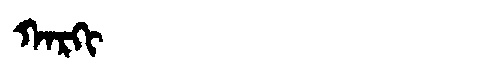
Manchu: ᡴᠠᡵᡴᡳ
Romanization: KARKI